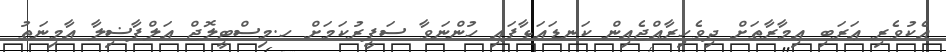
އެކުވެރި ޢަރަބި ޢިމާރާތަށް ދިވެހިރާއްޖެއިން ކަނޑައަޅާފައި ހުންނަވާ ސަފީރުކަމަށް ހ.މިސްޓީލޮޖް އަލްފާޟިލާ އާމިނަތު